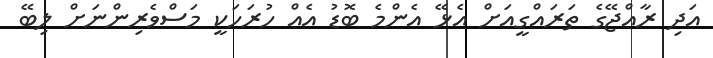
އަދި ރާއްޖޭގެ ތަރައްގީއަށް އެޅޭ އެންމެ ބޮޑު އެއް ހުރަހަކީ މަސްވެރިންނަށް ލިބޭ